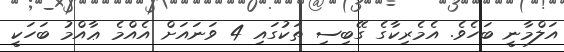
އަލްމާނީ ބަހެވެ. އެމެރިކާގެ ގޭބިސި ތަކުގައި 4 ވަނައަށް އެއްމެ ޢާއްމު ބަހަކީ